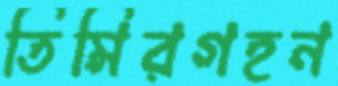
তিমিরগহন